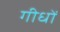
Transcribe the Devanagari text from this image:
गीधों